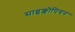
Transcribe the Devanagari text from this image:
साइक्लोपियन